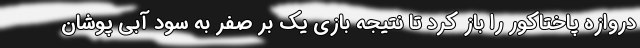
دروازه پاختاکور را باز کرد تا نتیجه بازی یک بر صفر به سود آبی پوشان